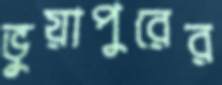
ভুয়াপুরের